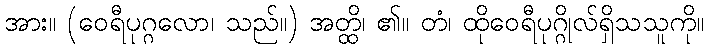
အား။ (ဝေရီပုဂ္ဂလော၊ သည်။) အတ္ထိ၊ ၏။ တံ၊ ထိုဝေရီပုဂ္ဂိုလ်ရှိသသူကို။